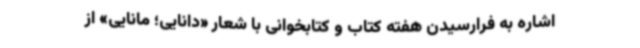
اشاره به فرارسیدن هفته کتاب و کتابخوانی با شعار «دانایی؛ مانایی» از